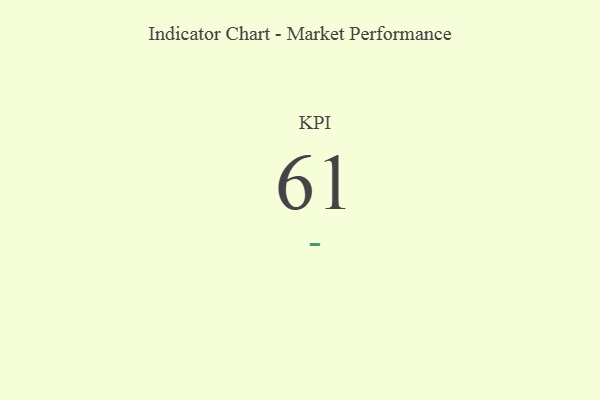
{"axis": {"x": "KPI", "y": "Value"}, "legend": [""], "data": [{"x": "KPI", "y": 61, "type": ""}]}